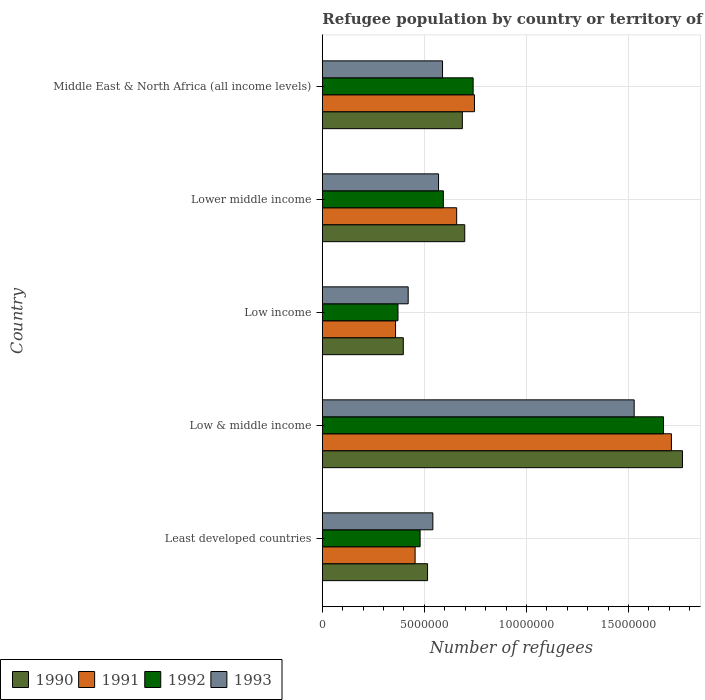
| Country | 1990 | 1991 | 1992 | 1993 |
 | --- | --- | --- | --- | --- |
 | Least developed countries | 5.15e+06 | 4.54e+06 | 4.79e+06 | 5.41e+06 |
 | Low & middle income | 1.76e+07 | 1.71e+07 | 1.67e+07 | 1.53e+07 |
 | Low income | 3.97e+06 | 3.59e+06 | 3.71e+06 | 4.21e+06 |
 | Lower middle income | 6.98e+06 | 6.58e+06 | 5.93e+06 | 5.69e+06 |
 | Middle East & North Africa (all income levels) | 6.86e+06 | 7.45e+06 | 7.39e+06 | 5.89e+06 |